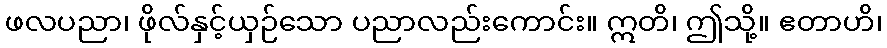
ဖလပညာ၊ ဖိုလ်နှင့်ယှဉ်သော ပညာလည်းကောင်း။ ဣတိ၊ ဤသို့။ ဧတာဟိ၊